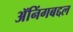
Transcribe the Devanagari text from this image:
ॲनिंगबद्दल